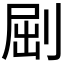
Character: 𠜾